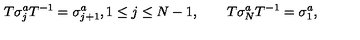
T \sigma _ { j } ^ { a } T ^ { - 1 } = \sigma _ { j + 1 } ^ { a } , 1 \le j \le N - 1 , \qquad T \sigma _ { N } ^ { a } T ^ { - 1 } = \sigma _ { 1 } ^ { a } ,